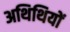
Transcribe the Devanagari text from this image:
अथिथियों